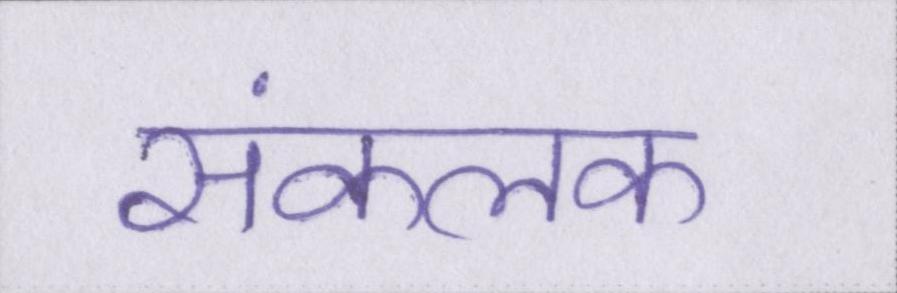
संकलक